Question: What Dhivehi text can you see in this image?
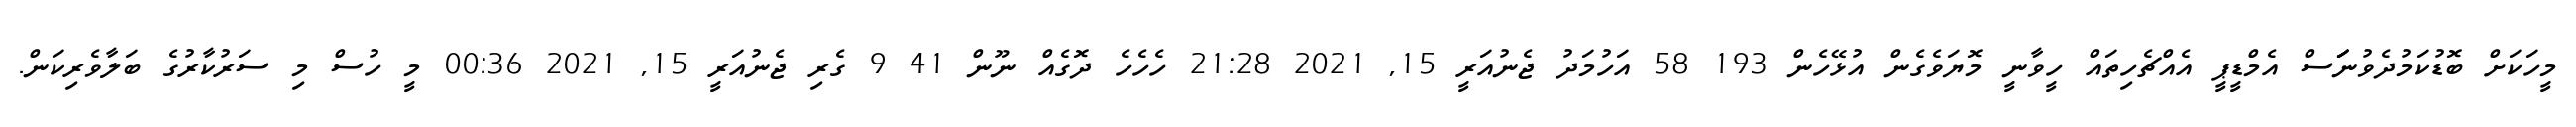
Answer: މީހަކަށް ބޮޑުކަމުދެވުނަަަސް އެމްޑީޕީ އެއްޗެހިތައް ހީވާނީ މޮޔަވެގެން އުޅޭހެން 193 58 އަހުމަދު ޖެނުއަރީ 15, 2021 21:28 ހެހެހެ ދޮގެއް ނޫން 41 9 ގެރި ޖެނުއަރީ 15, 2021 00:36 މީ ހުސް މި ސަރުކާރުގެ ބަލާވެރިކަން.